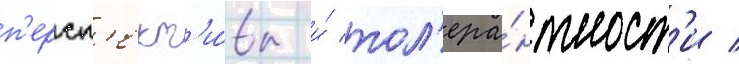
п'ерсп'ект'и́вы и́ тол'ера́нтност'и /